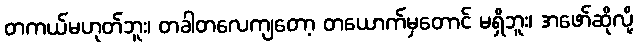
တကယ်မဟုတ်ဘူး၊ တခါတလေကျတော့ တယောက်မှတောင် မရှိဘူး၊ အဖော်ဆိုလို့